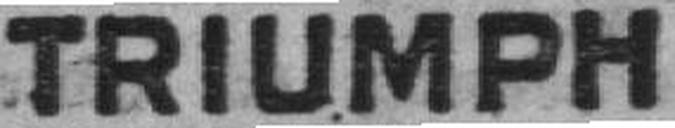
TRIUMPH